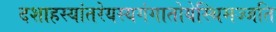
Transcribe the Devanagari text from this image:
दशाहस्यांतरेयस्यगंगातोयेस्थिमज्जति